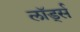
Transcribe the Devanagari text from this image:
लॉर्ड्‍स